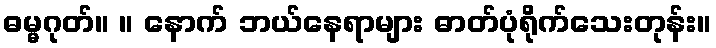
ဓမ္မဂုတ်။ ။ နောက် ဘယ်နေရာများ ဓာတ်ပုံရိုက်သေးတုန်း။